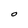
Character: O